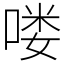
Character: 喽